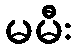
မမီး